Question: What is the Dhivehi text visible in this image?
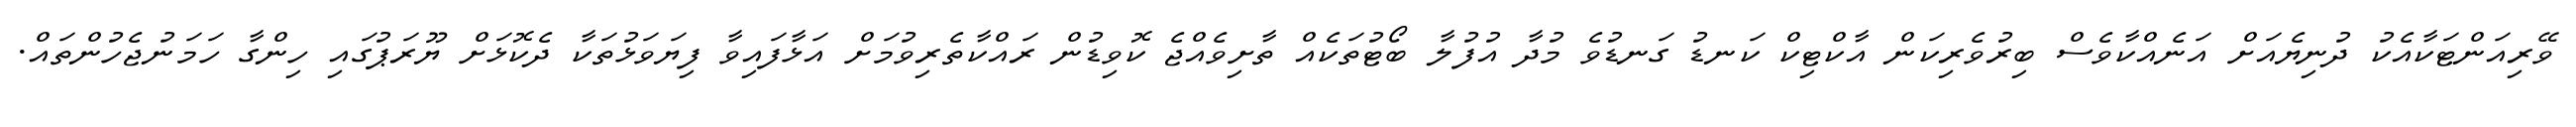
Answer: ވޭރިއަންޓަކާއެކު ދުނިޔެއަށް އަނެއްކާވެސް ބިރުވެރިކަން އާކްޓިކް ކަނޑު ގަނޑުވެ މުދާ އުފުލާ ބޯޓުތަކެއް ތާށިވެއްޖެ ކޮވިޑުން ރައްކާތެރިވުމަށް އަޅާފައިވާ ފިޔަވަޅުތަކާ ދެކޮޅަށް ޔޫރަޕުގައި ހިންގާ ހަމަނުޖެހުންތައް.